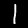
Digit: 1